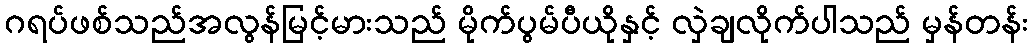
ဂရပ်ဖစ်သည်အလွန်မြင့်မားသည် မိုက်ပွမ်ပီယိုနှင့် လှဲချလိုက်ပါသည် မှန်တန်း